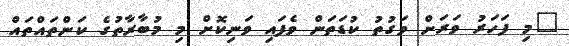
"މި ފަހަރު ވަރަށް ވަގުތު ކުޑަތަން ވެފައި ވަނިކޮށް މި މުބާރާތުގެ ކަންތައްތައް